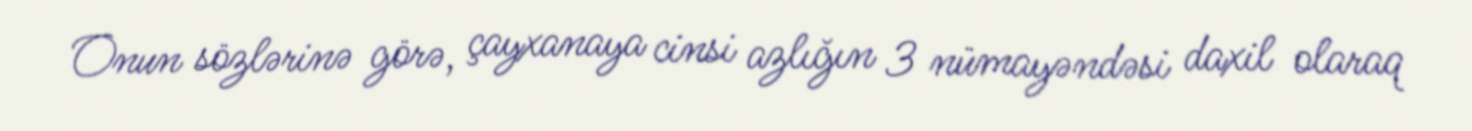
Onun sözlərinə görə, çayxanaya cinsi azlığın 3 nümayəndəsi daxil olaraq